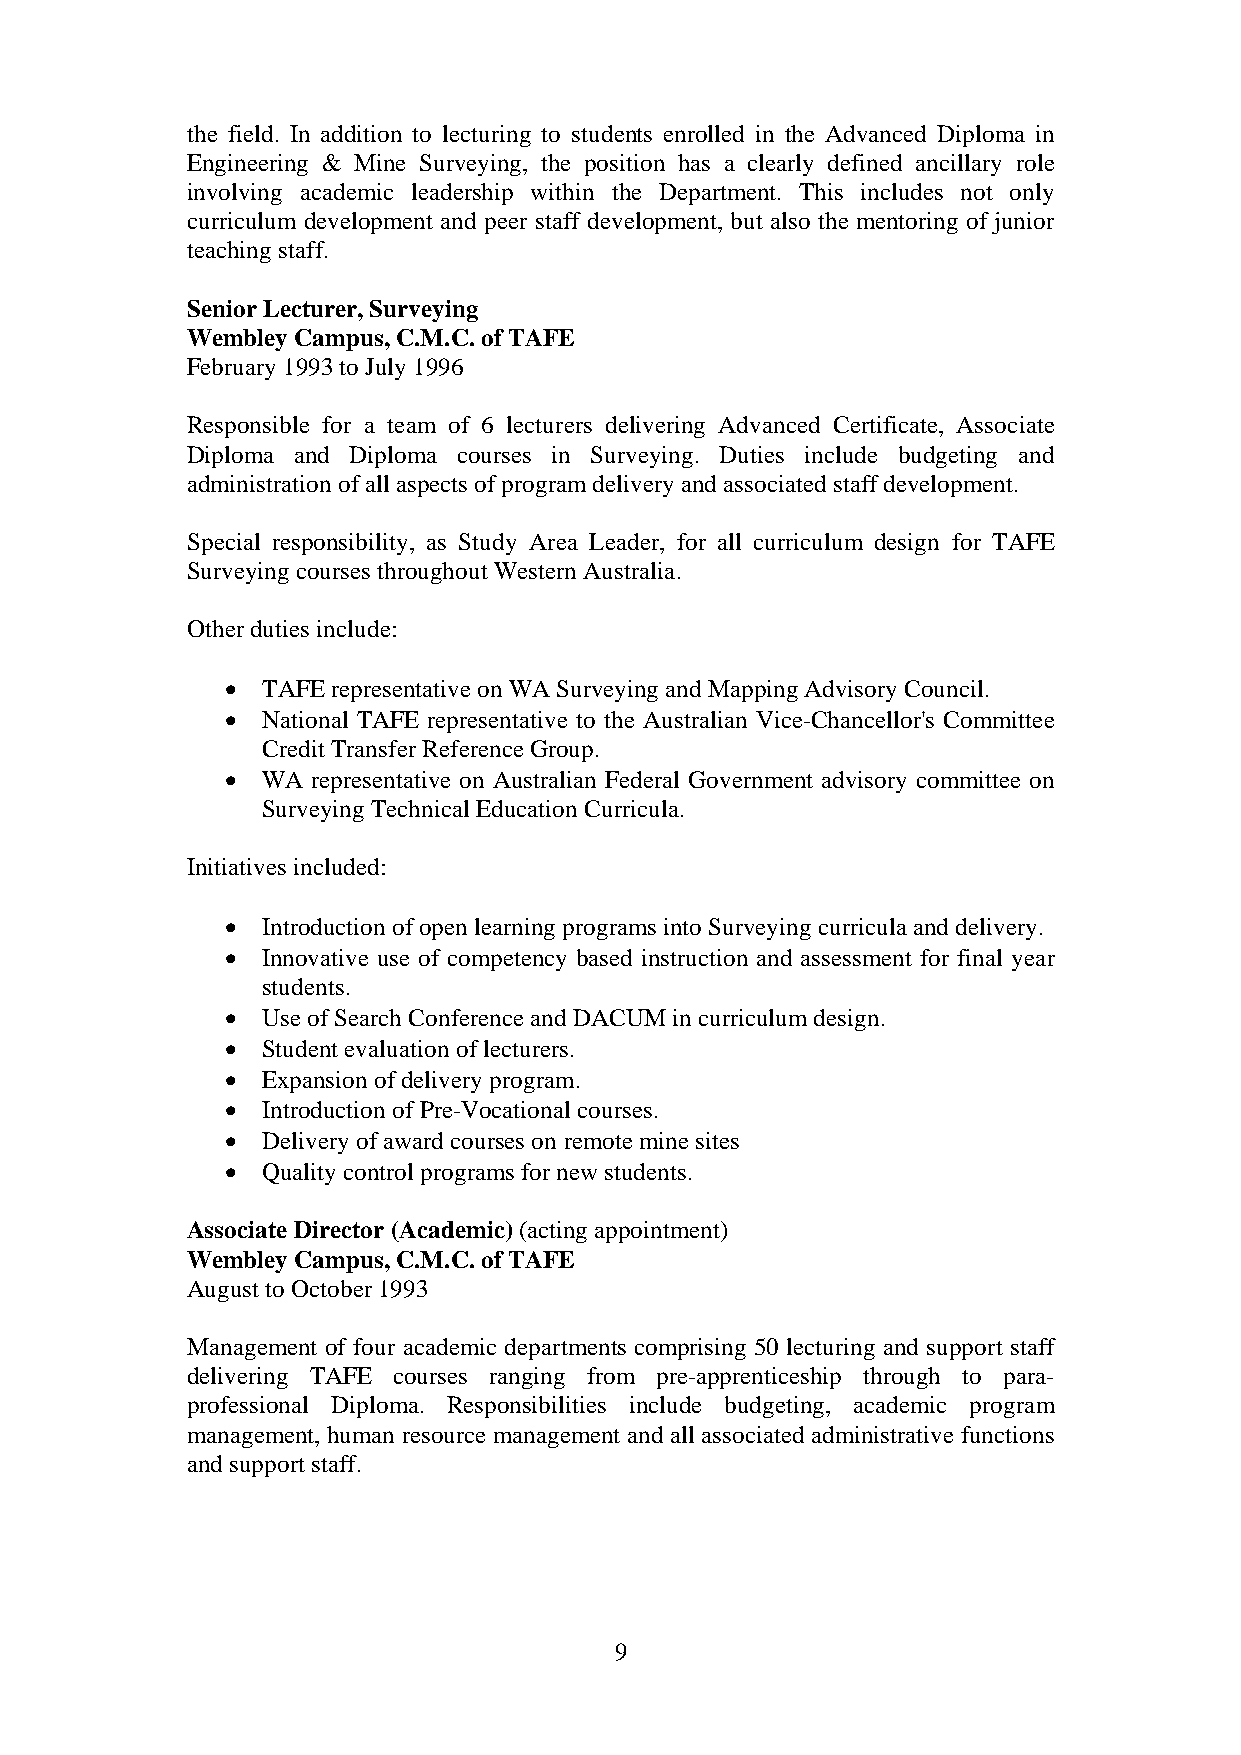
the field. In addition to lecturing to students enrolled in the Advanced Diploma in
 Engineering & Mine Surveying, the position has a clearly defined ancillary role
 involving academic leadership within the Department. This includes not only
 curriculum development and peer staff development, but also the mentoring of junior
 teaching staff.
 Senior Lecturer, Surveying
 Wembley Campus, C.M.C. of TAFE
 February 1993 to July 1996
 Responsible for a team of 6 lecturers delivering Advanced Certificate, Associate
 Diploma and Diploma courses in Surveying. Duties include budgeting and
 administration of all aspects of program delivery and associated staff development.
 Special responsibility, as Study Area Leader, for all curriculum design for TAFE
 Surveying courses throughout Western Australia.
 Other duties include:
 • TAFE representative on WA Surveying and Mapping Advisory Council.
 • National TAFE representative to the Australian Vice-Chancellor's Committee
 Credit Transfer Reference Group.
 • WA  representative on Australian Federal Government advisory committee on
 Surveying Technical Education Curricula.
 Initiatives included:
 • Introduction of open learning programs into Surveying curricula and delivery.
 • Innovative use of competency based instruction and assessment for final year
 students.
 • Use of Search Conference and DACUM in curriculum design.
 • Student evaluation of lecturers.
 • Expansion of delivery program.
 • Introduction of Pre-Vocational courses.
 • Delivery of award courses on remote mine sites
 • Quality control programs for new students.
 Associate Director (Academic) (acting appointment)
 Wembley Campus, C.M.C. of TAFE
 August to October 1993
 Management of four academic departments comprising 50 lecturing and support staff
 delivering TAFE courses ranging from pre-apprenticeship through to para-
 professional Diploma. Responsibilities include budgeting, academic program
 management, human resource management and all associated administrative functions
 and support staff.
 9